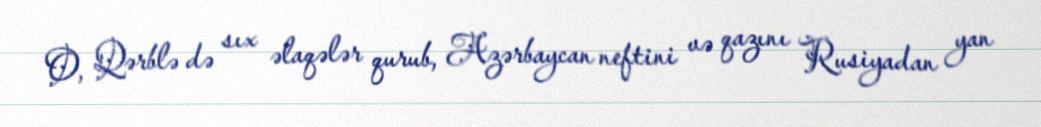
O, Qərblə də sıx əlaqələr qurub, Azərbaycan neftini və qazını Rusiyadan yan